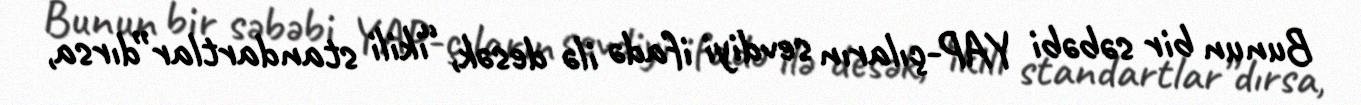
Bunun bir səbəbi YAP-çıların sevdiyi ifadə ilə desək, “ikili standartlar”dırsa,